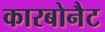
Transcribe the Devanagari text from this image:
कारबोनैट